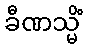
ခီဏသ္မိံ